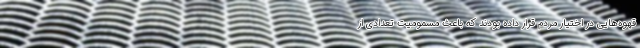
قهوه‌هایی در اختیار مردم قرار داده بودند که باعث مسمومیت تعدادی از